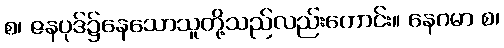
စ၊ ဇနပုဒ်၌နေသောသူတို့သည်လည်းကောင်း။ နေဂမာ စ၊